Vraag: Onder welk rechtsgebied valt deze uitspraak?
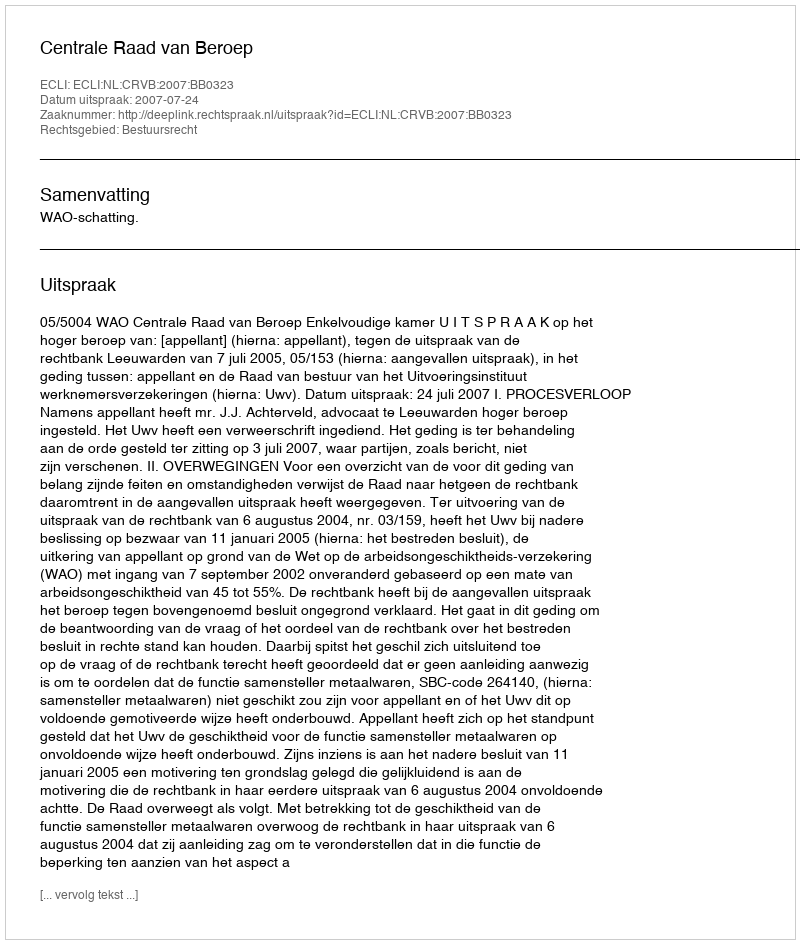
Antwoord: Bestuursrecht